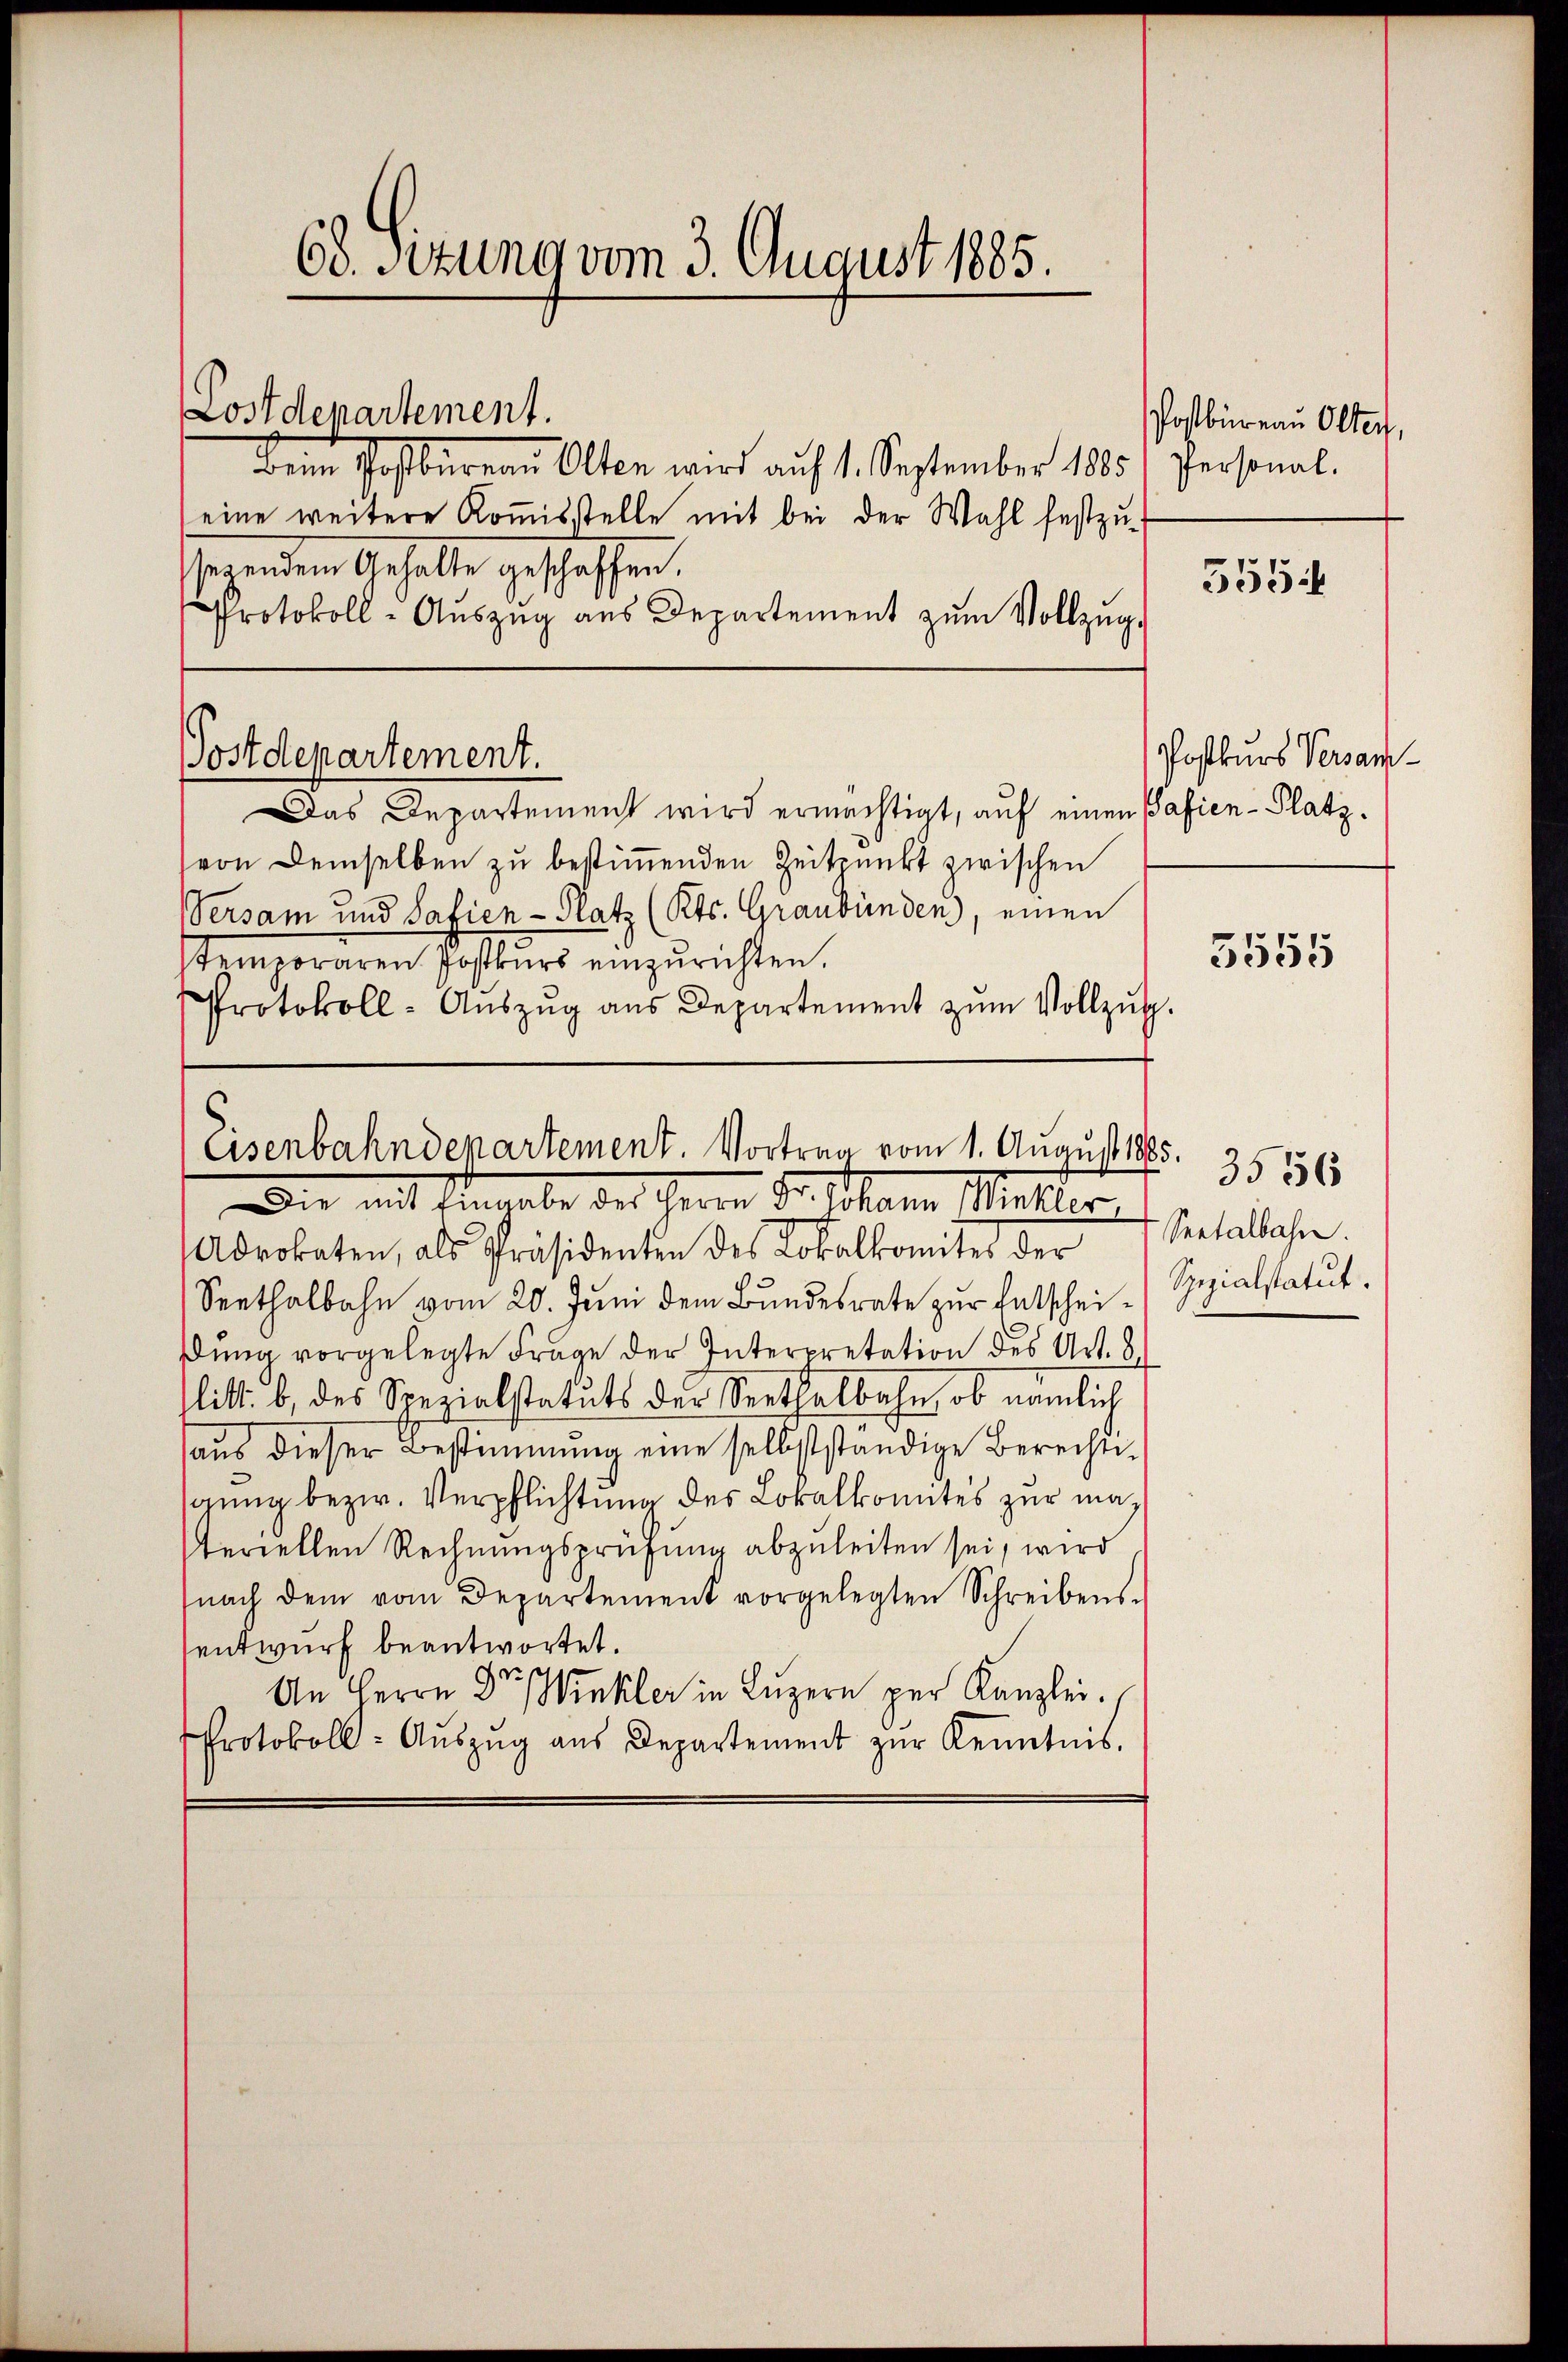
68. Setzung vom 3. August 1885.

Lostdepartement.

Beim Postbureau Olten wird auf 1. September 1885 Personal-
eine weitere Kommisstelle mit bei der Wahl festzusesendem Gehalte geschaffen.
Protokoll- Aŭszŭg aŭs Departement zŭm Vollzŭg-
Postdepartement.
Das Departement wird ermächtigt, auf einen Safien-Platzvon demselben zu bestimmenden Zeitpunkt zwischen
Versam und Safien- Platz (Kts. Graubünden, einen
stemporären Postkurs einzurichten.
Protokoll- Aŭszŭg aŭs Departement zŭm Vollzug.

Eisenbahndepartement. Vortrag vom 1. August 1885.

Die mit Eingabe des Herrn Dr. Johann Minkler
Advokaten, als Präsidenten des Lokalkomites der
Seethalbahn vom 20. Juni dem Bundesrate zur Entscheidung vorgelegte Frage der Interpretation des Art. 8
litt. b, des Spezialstatuts der Serthalbahn, ob nämlich
aŭs dieser Bestimmung eine selbstständige Berechts-
gung bezw. Verpflichtung des Lokalkomites zur masteriellen Rechnungsprüfung abzuleiten sei, wird
nach dem vom Departement vorgelegten Schreibens-
entwurf beantwortet.
An Herrn Dr. Winkler in Lŭzern per Kanzlei.
Protokoll- Aŭszŭg aŭs Departement zŭr Kenntnis.

Postbüreau Olten,

5554

Postkurs Versam¬

3555

Seetalbahn.
Spezialstatut.

3556